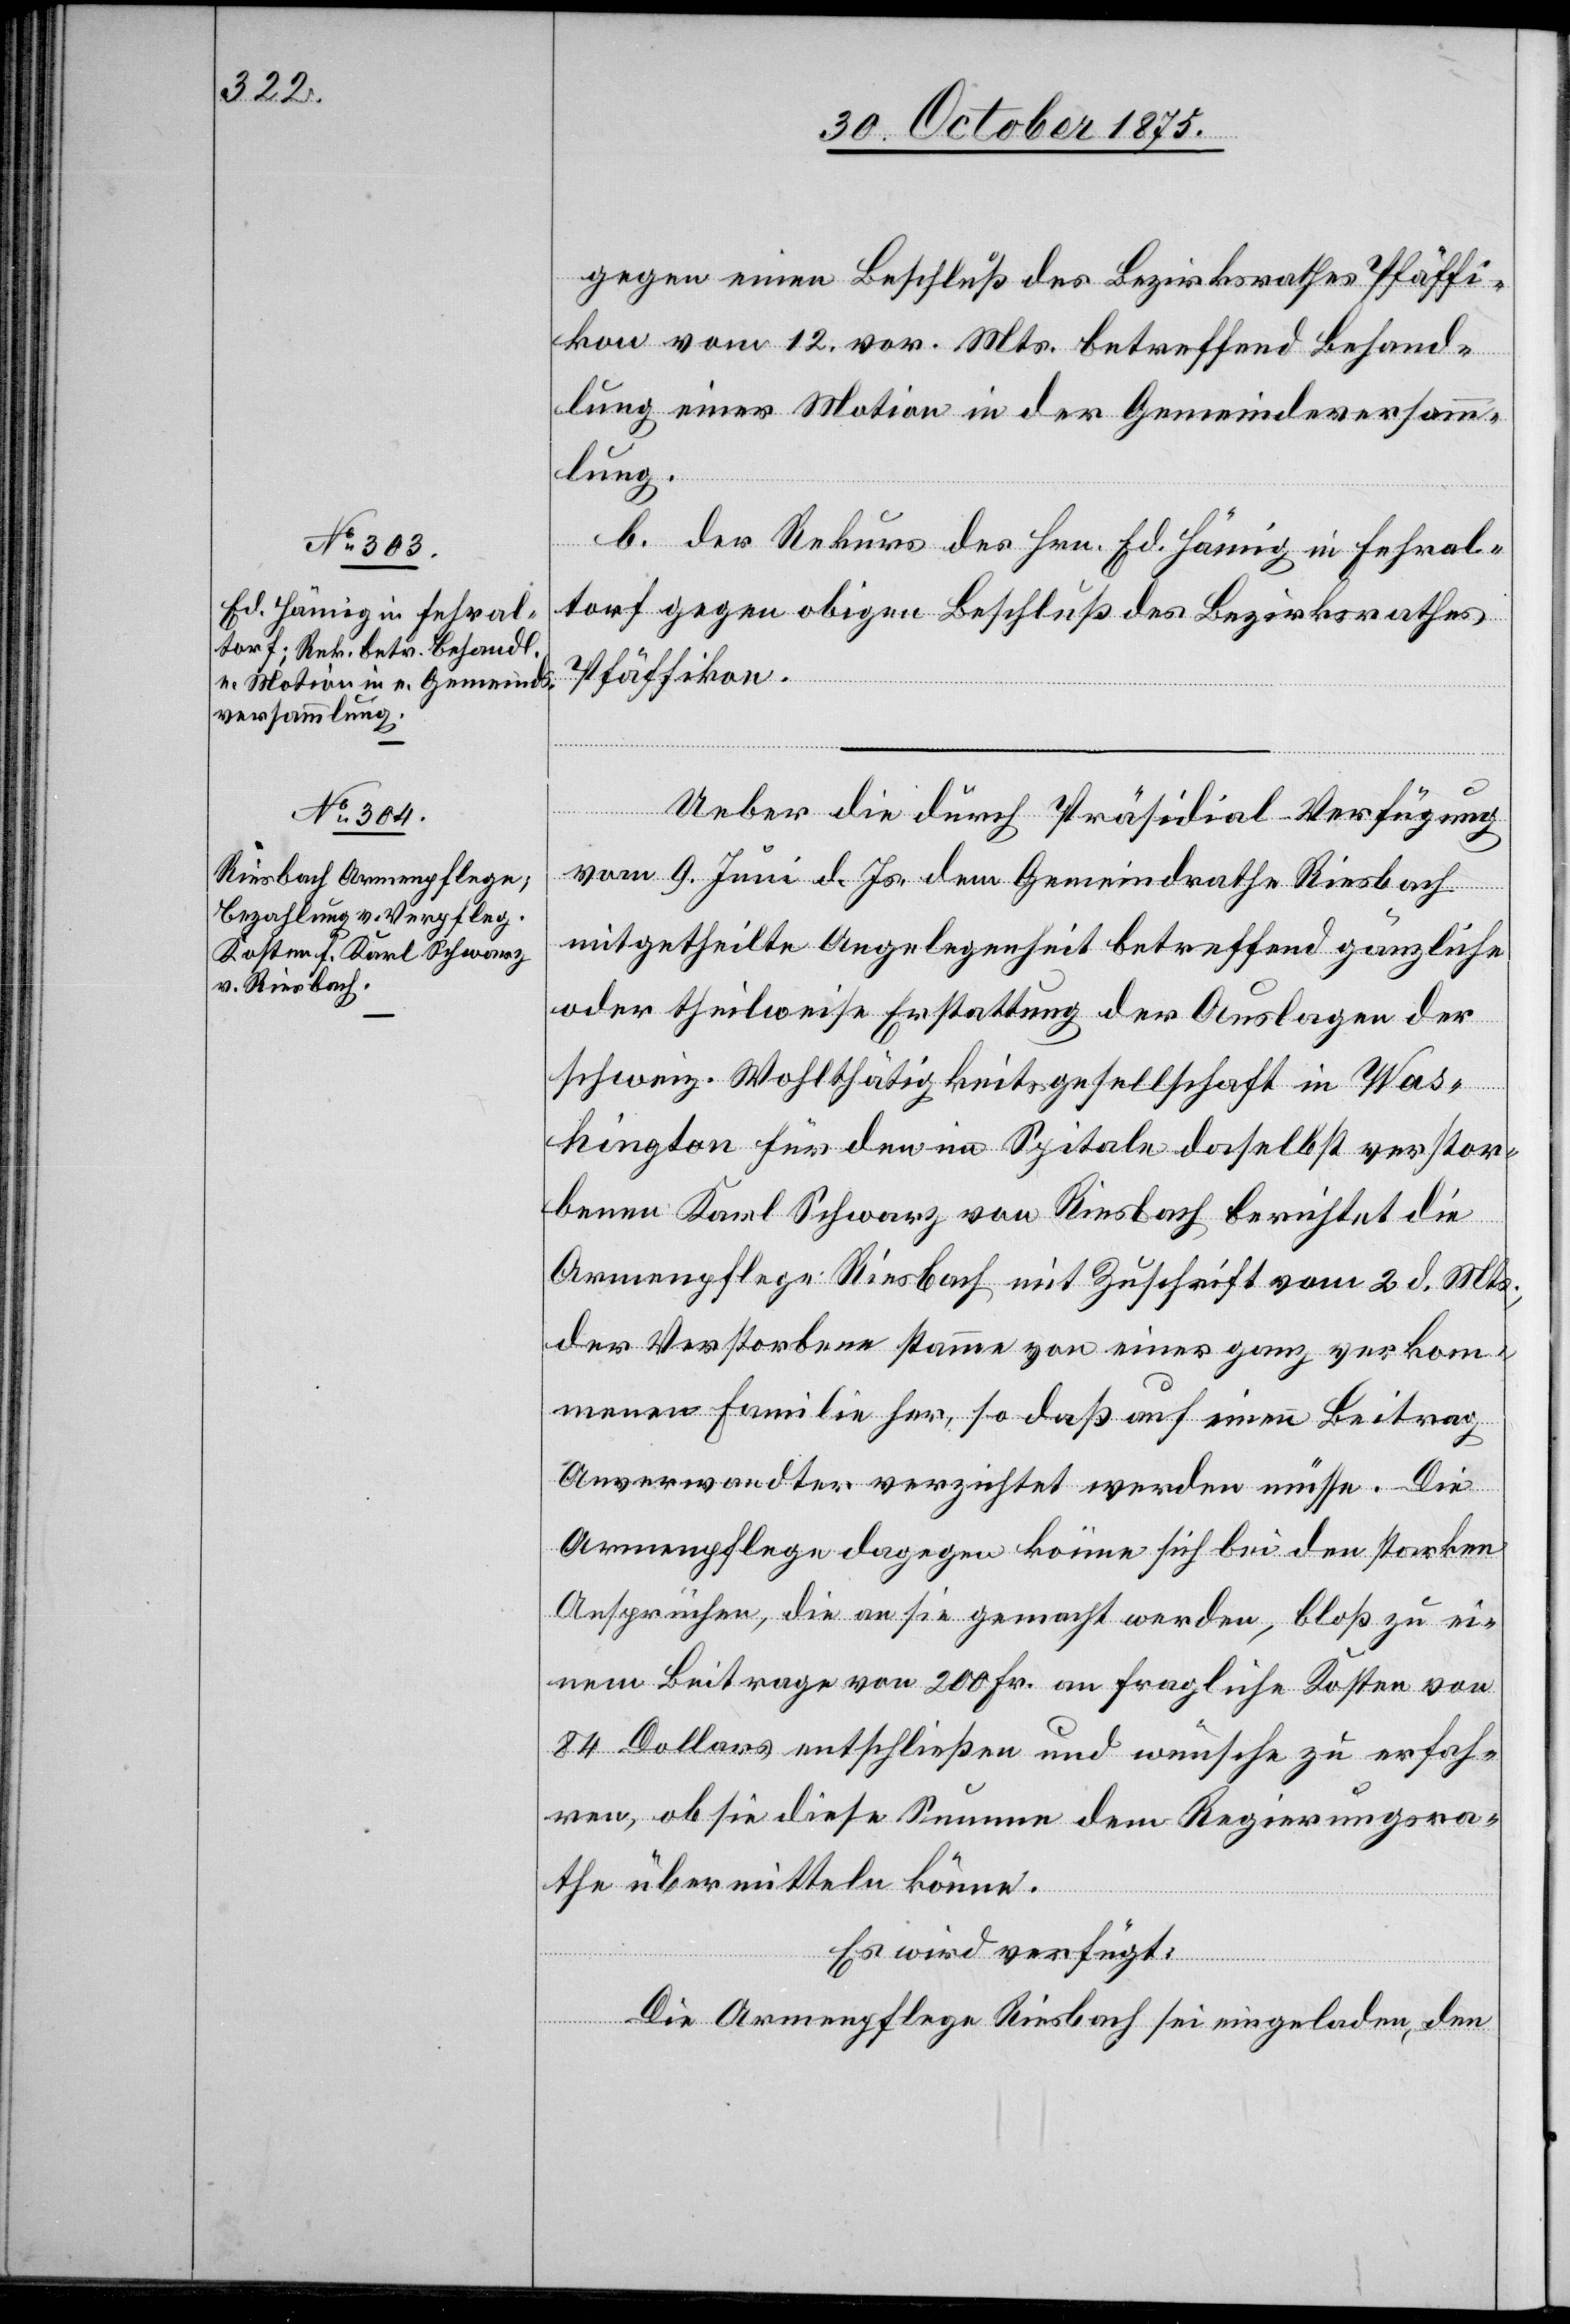
gegen einen Beschluß des Bezirksrathes Pfäffi¬
kon vom 12. vor. Mts. betreffend Behand¬
lung einer Motion in der Gemeindeversamm¬
lung.
b. der Rekurs des Hrn. Ed. Hämig in Fehral¬
torf gegen obigen Beschluß des Bezirksrathes
Pfäffikon.
5.
Ueber die durch Präsidial-Verfügung
vom 9. Juni d. Js. dem Gemeindrathe Riesbach
mitgetheilte Angelegenheit betreffend gänzliche
oder theilweise Erstattung der Auslagen der
schweiz. Wohlthätigkeitsgesellschaft in Was¬
hington für den im Spitale daselbst verstor¬
benen Karl Schwarz von Riesbach berichtet die
Armenpflege Riesbach mit Zuschrift vom 2. d. Mts.,
der Verstorbene stamme von einer ganz verkom¬
menen Familie her, so daß auf einen Beitrag
Anverwandter verzichtet werden müsse. Die
Armenpflege dagegen könne sich bei den starken
Ansprüchen, die an sie gemacht werden, bloß zu ei¬
nem Beitrage von 200 Fr. an fragliche Kosten von
84 Dollars entschließen und wünsche zu erfah¬
ren, ob sie diese Summe dem Regierungsra¬
the übermitteln könne.
Es wird verfügt:
Die Armenpflege Riesbach sei eingeladen, den